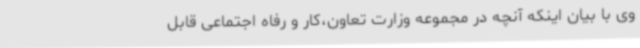
وی با بیان اینکه آنچه در مجموعه وزارت تعاون،کار و رفاه اجتماعی قابل